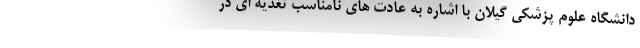
دانشگاه علوم پزشکی گیلان با اشاره به عادت های نامناسب تغذیه ای در